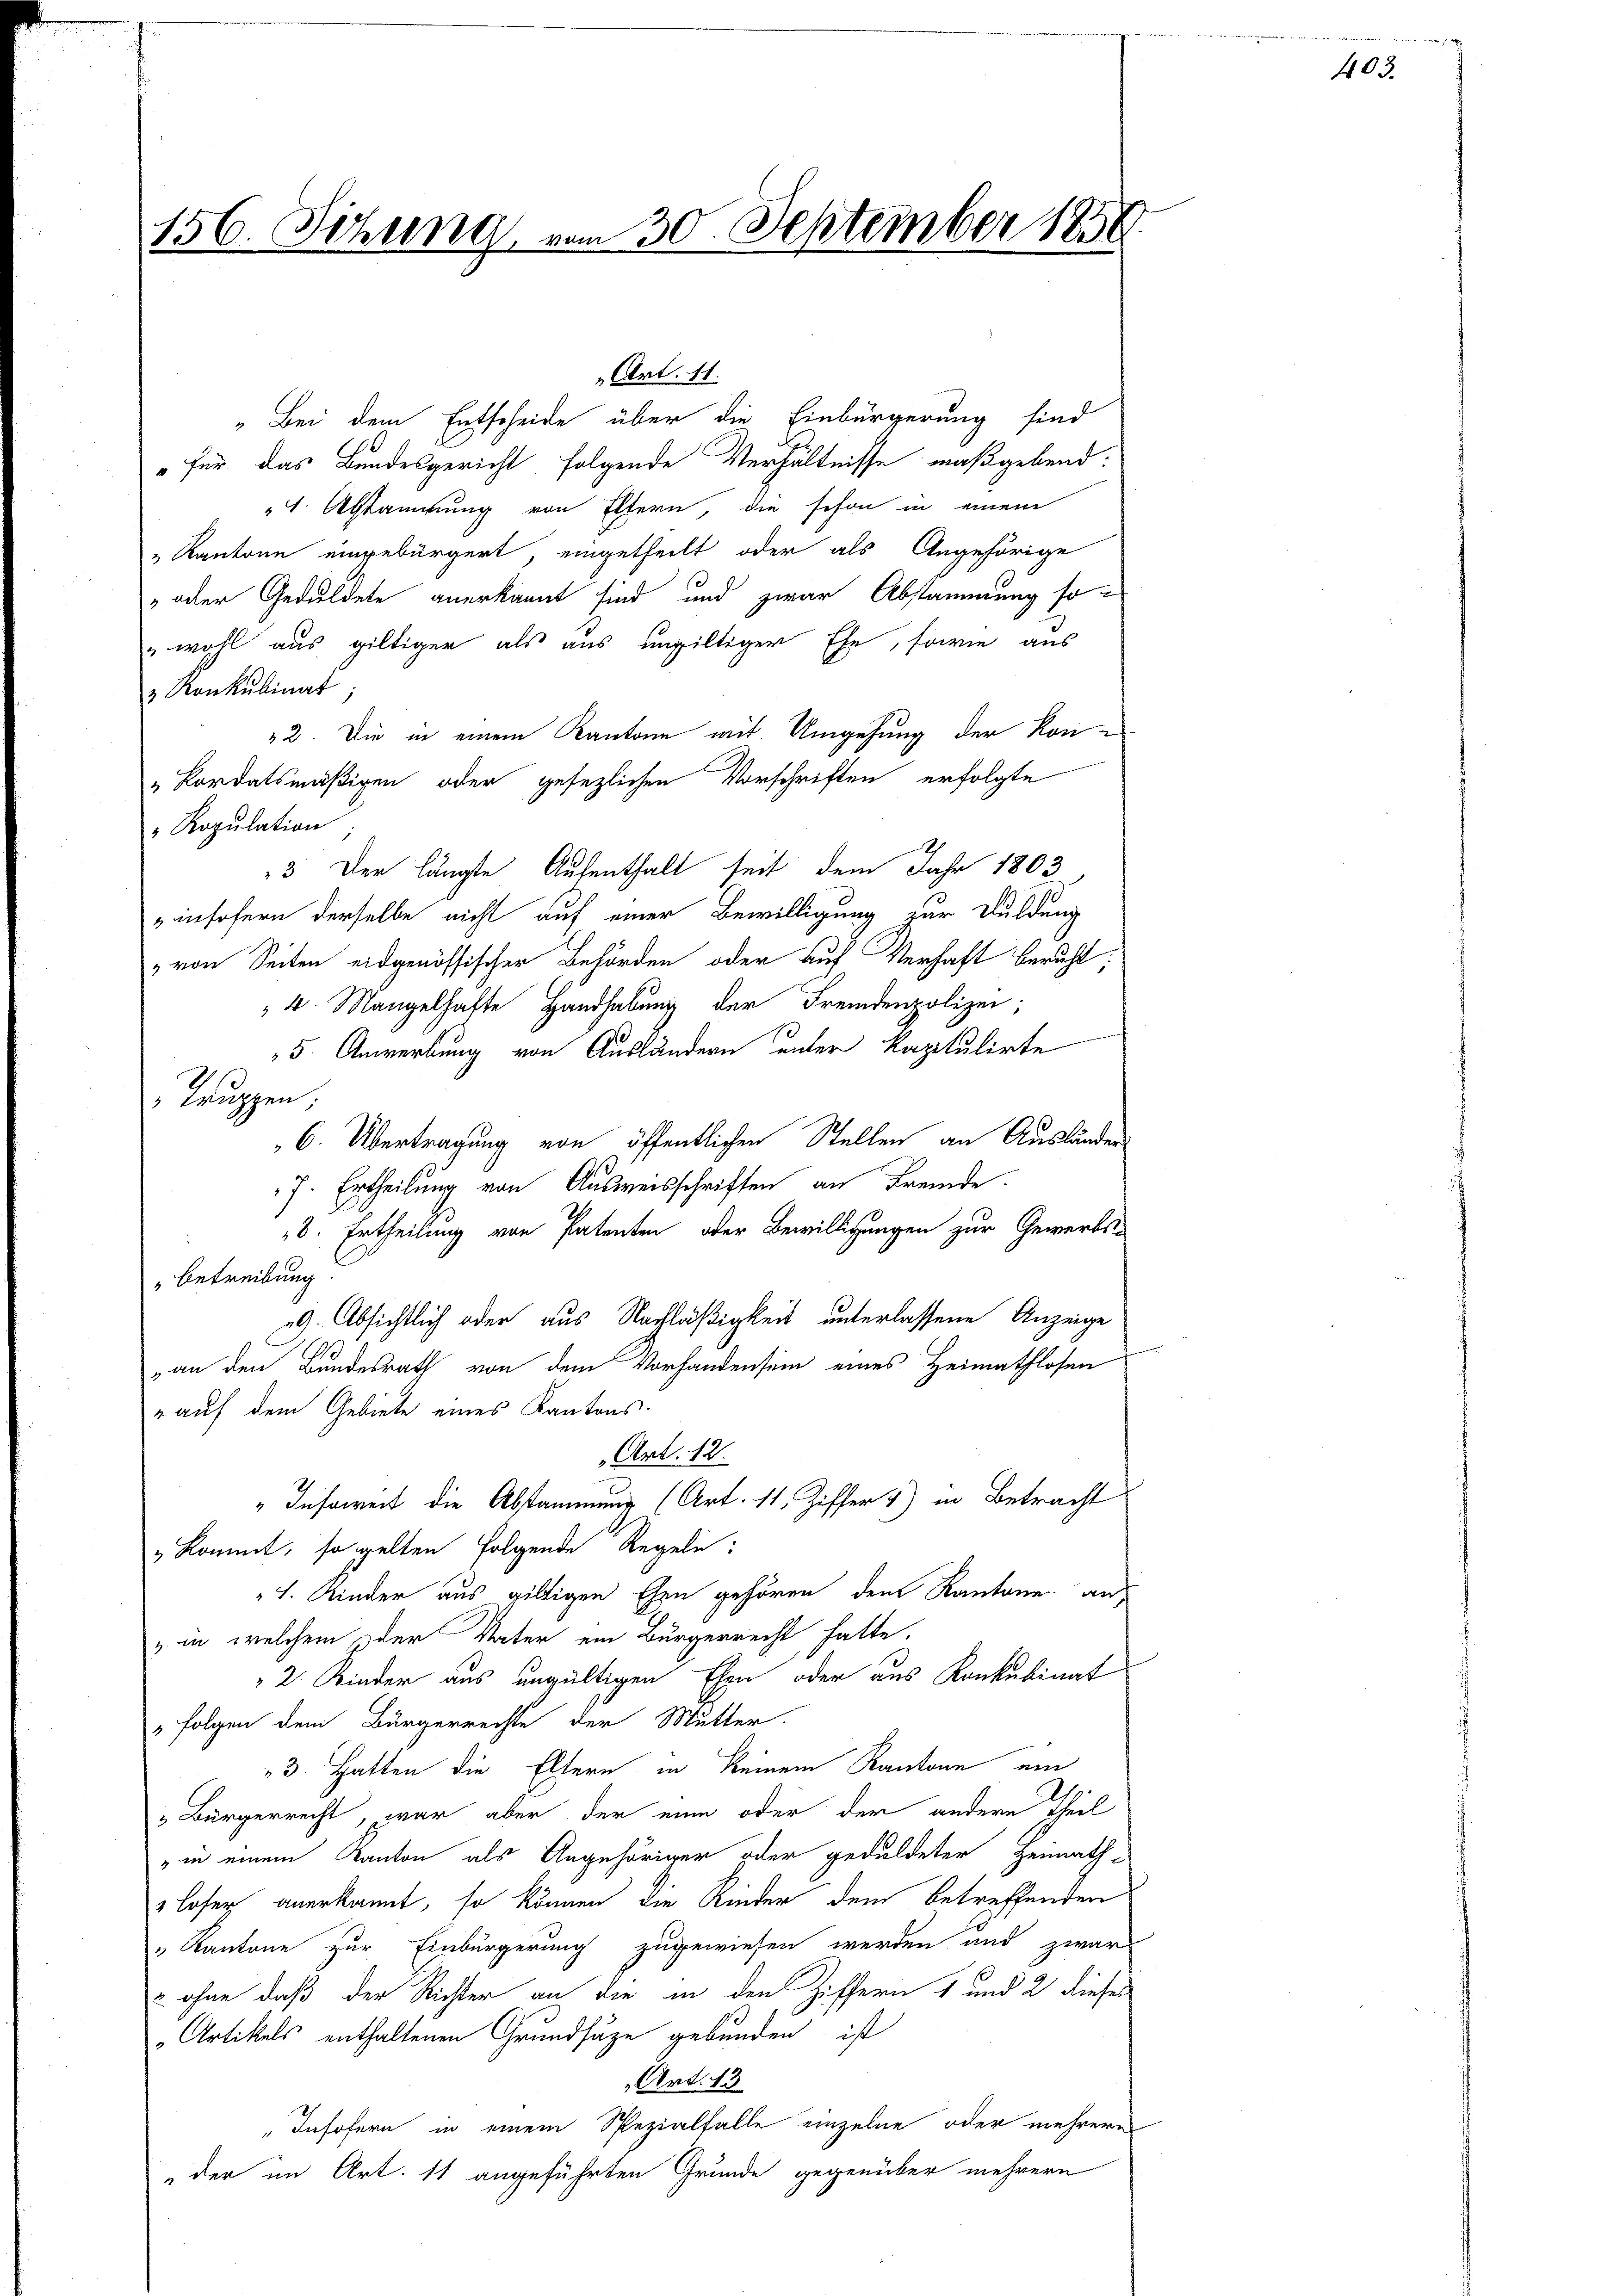
156. Sitzung vom 30. September 1858.

„Bei dem Entscheide über die Einbürgerung sind
„für das Bundesgericht folgende Verhältnisse maßgebend:
". Abstammung von Eltern, die schon in einem
„Kantone eingebürgert, eingetheilt oder als Angehörige
„oder Geduldete anerkannt sind und zwar Abstammung so¬
"wohl aus giltiger als aus ungültiger Ehe, sowie aus
 Konkubinat;
22. Die in einem Kantone mit Umgehung der Kon¬
„kordatsmäßigen oder gesezlichen Vorschriften erfolgte
"Ropulation
3 Der längte Aufenthalt seit dem Jahr 1803,
insofern derselbe nicht auf einer Bewilligung zur Duldung
von Seiten eidgenössischer Behörden oder auf Verhaft beruht;
" 4. Mangelhafte Handhabung der Fremdenpolizei;
5. Anwerbung von Ausländern unter kapitulirte
Truppen.
6. Übertragung von öffentlichen Stellen an Ausländen
7. Ertheilung von Ausweisschriften an Fremde.
8. Ertheilung von Patenten oder Bewilligungen zur Gewerbs-
Betreibung
29. Absichtlich oder aus Nachläßigkeit unterlassene Anzeige
an den Bundesrath von dem Vorhandensein eines Heimathlosen
" auf dem Gebiete eines Kantons-
Art. 12.
"Insoweit die Abstammung (Art. 11, Ziffer 1) in Betracht
" kommt, so gelten folgende Regeln:
1. Kinder aus giltigen Ehen gehören, dem Kantone an
z in welchem der Vater ein Bürgerrecht hatte.
2 Kinder aus ungültigen Ehen oder aus Konkubinat
 Folgen dem Bürgerrechte der Mutter.
3. Hatten die Eltern in keinem Kantone ein
 Bürgerrecht, war aber der eine oder der andern Theil
" in einem Kanton als Angehöriger oder geduldeter Heimath-
Lofer anerkannt, so können die Kinder dem betreffenden
" Kantone zur Einbürgerung zugewiesen werden und zwar
& ohne daß der Richter an die in den Ziffern 1 und 2 dieses
„Artikels enthaltenen Grundsätze gebunden ist
Art. 13
Insofern in einem Spezialfalle einzelne oder mehrere
der im Art. 11 angeführten Grunde gegenüber mehrern

Art. 11.

d
403.